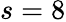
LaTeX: s=8